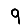
Digit: 9